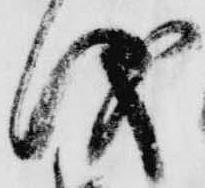
儀